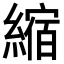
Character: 縮